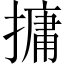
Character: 𪮧